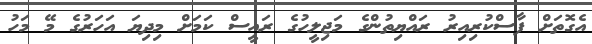
އެގޮތަށް ފާސްކުރިއިރު ރައްޔިތުންގެ މަޖިލީހުގެ ރައީސް ކަމަށް މިދިޔަ އަހަރުގެ މޭ މަހު